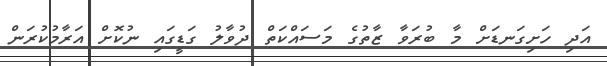
އަދި ހަށިގަނޑަށް މާ ބުރަވާ ޒާތުގެ މަސައްކަތް ދުވާލު ގަޑީގައި ނުކޮށް އަރާމުކުރަން